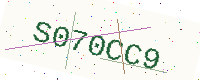
Text: S070CC9